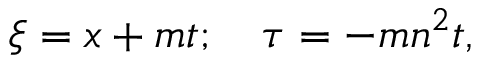
\begin{array} { r } { \xi = x + m t ; \quad \tau = - m n ^ { 2 } t , } \end{array}